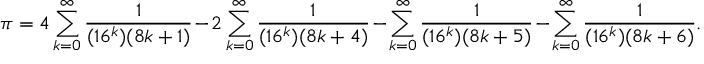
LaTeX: \pi = 4 \sum _ { k = 0 } ^ { \infty } { \frac { 1 } { ( 1 6 ^ { k } ) ( 8 k + 1 ) } } - 2 \sum _ { k = 0 } ^ { \infty } { \frac { 1 } { ( 1 6 ^ { k } ) ( 8 k + 4 ) } } - \sum _ { k = 0 } ^ { \infty } { \frac { 1 } { ( 1 6 ^ { k } ) ( 8 k + 5 ) } } - \sum _ { k = 0 } ^ { \infty } { \frac { 1 } { ( 1 6 ^ { k } ) ( 8 k + 6 ) } } .